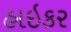
હાઇકર